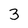
Character: 3